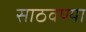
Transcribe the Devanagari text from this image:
साठवण्या